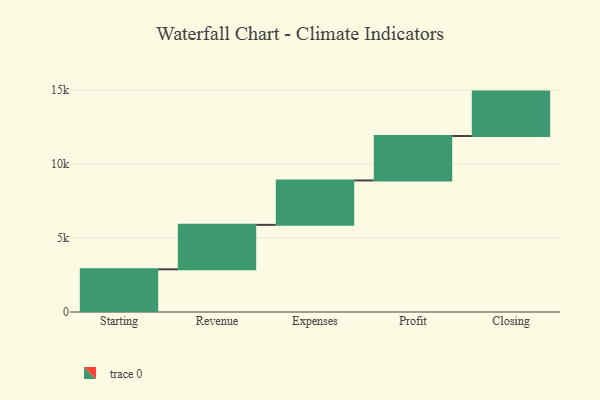
{"axis": {"x": "Step", "y": "Value"}, "legend": [""], "data": [{"x": "Starting", "y": 2884.0, "type": ""}, {"x": "Revenue", "y": 3000, "type": ""}, {"x": "Expenses", "y": 3000, "type": ""}, {"x": "Profit", "y": 3000, "type": ""}, {"x": "Closing", "y": 3000, "type": ""}]}